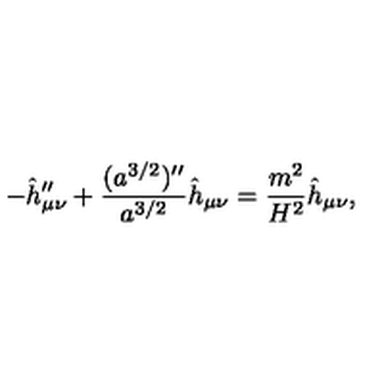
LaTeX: - \hat { h } _ { \mu \nu } ^ { \prime \prime } + { \frac { ( a ^ { 3 / 2 } ) ^ { \prime \prime } } { a ^ { 3 / 2 } } } \hat { h } _ { \mu \nu } = { \frac { m ^ { 2 } } { H ^ { 2 } } } \hat { h } _ { \mu \nu } ,